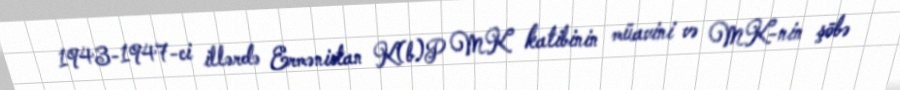
1943-1947-ci illərdə Ermənistan K(b)P MK katibinin müavini və MK-nin şöbə